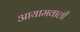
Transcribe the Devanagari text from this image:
आयामवाली